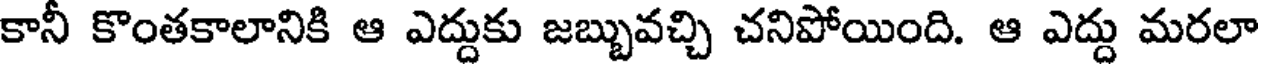
కానీ కొంతకాలానికి ఆ ఎద్దుకు జబ్బువచ్చి చనిపోయింది. ఆ ఎద్దు మరలా